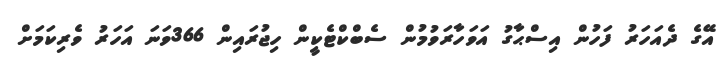
އޭގެ ދެއަހަރު ފަހުން އިސްޙާގު އަވަހާރަވުމުން ސެބްކްޓެކީން ހިޖުރައިން 366ވަނަ އަހަރު ވެރިކަމަށް